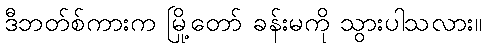
ဒီဘတ်စ်ကားက မြို့တော် ခန်းမကို သွားပါသလား။